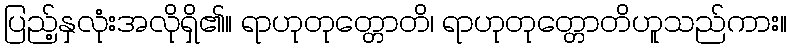
ပြည့်နှလုံးအလိုရှိ၏။ ရာဟုတုတ္တောတိ၊ ရာဟုတုတ္တောတိဟူသည်ကား။